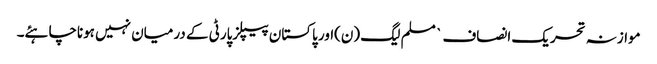
موازنہ تحریک انصاف ` مسلم لیگ (ن)اور پاکستان پیپلزپارٹی کے درمیان نہیں ہوناچاہئے۔